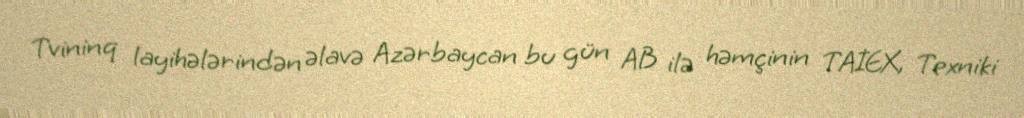
Tvininq layihələrindən əlavə Azərbaycan bu gün AB ilə həmçinin TAİEX, Texniki